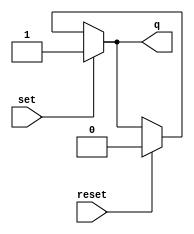
module top_module (
	input set,
	input reset,
	output reg q
);

	// Two NOR gates
	// wire qn = ~( ~(reset | qn)  |  set );
	// assign q = ~qn;

	// set has priority. If set=0, then see if user wants to reset.
	assign q = set ? 1'b1 : (reset ? 1'b0 : q);
	
	// If statements in a procedural block. Recall: If a variable isn't assigned
	
	
endmodule